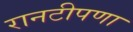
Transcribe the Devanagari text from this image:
रानटीपणा